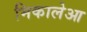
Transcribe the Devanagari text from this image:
मिकालेआ